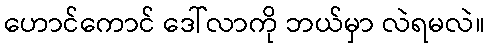
ဟောင်ကောင် ဒေါ်လာကို ဘယ်မှာ လဲရမလဲ။